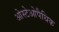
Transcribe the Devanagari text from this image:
ओस्टेओपैथिक